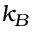
k _ { B }